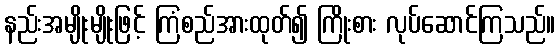
နည်းအမျိုးမျိုးဖြင့် ကြံစည်အားထုတ်၍ ကြိုးစား လုပ်ဆောင်ကြသည်။